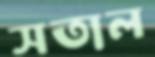
সতাল